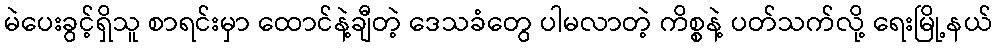
မဲပေးခွင့်ရှိသူ စာရင်းမှာ ထောင်နဲ့ချီတဲ့ ဒေသခံတွေ ပါမလာတဲ့ ကိစ္စနဲ့ ပတ်သက်လို့ ရေးမြို့နယ်